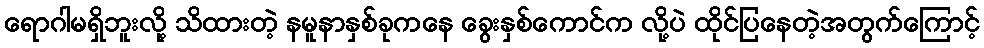
ရောဂါမရှိဘူးလို့ သိထားတဲ့ နမူနာနှစ်ခုကနေ ခွေးနှစ်ကောင်က လို့ပဲ ထိုင်ပြနေတဲ့အတွက်ကြောင့်